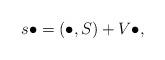
LaTeX: \begin{align*}s\bullet =\left( \bullet ,S\right) +V\bullet , \end{align*}